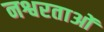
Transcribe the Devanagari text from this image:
नश्वरताओं